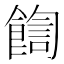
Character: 𩜺